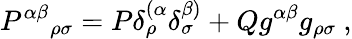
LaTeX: {P^{\alpha\beta}}_{\rho\sigma}=P\delta_{\rho}^{(\alpha}\delta_{\sigma}^{\beta)}+Qg^{\alpha\beta}g_{\rho\sigma}\ ,